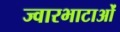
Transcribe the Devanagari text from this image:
ज्वारभाटाओं